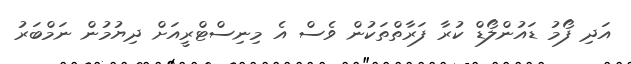
އަދި ފޯމު ޑައުންލޯޑް ކުރާ ފަރާތްތަކުން ވެސް އެ މިނިސްޓްރީއަށް ދިޔުމުން ނަމްބަރު